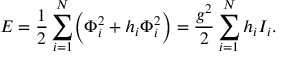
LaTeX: { \cal E } = { \frac { 1 } { 2 } } \sum _ { i = 1 } ^ { N } \Bigl ( \Phi _ { i } ^ { 2 } + h _ { i } \Phi _ { i } ^ { 2 } \Bigr ) = { \frac { g ^ { 2 } } { 2 } } \sum _ { i = 1 } ^ { N } h _ { i } { \cal I } _ { i } .